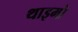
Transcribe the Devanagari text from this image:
थाइमो